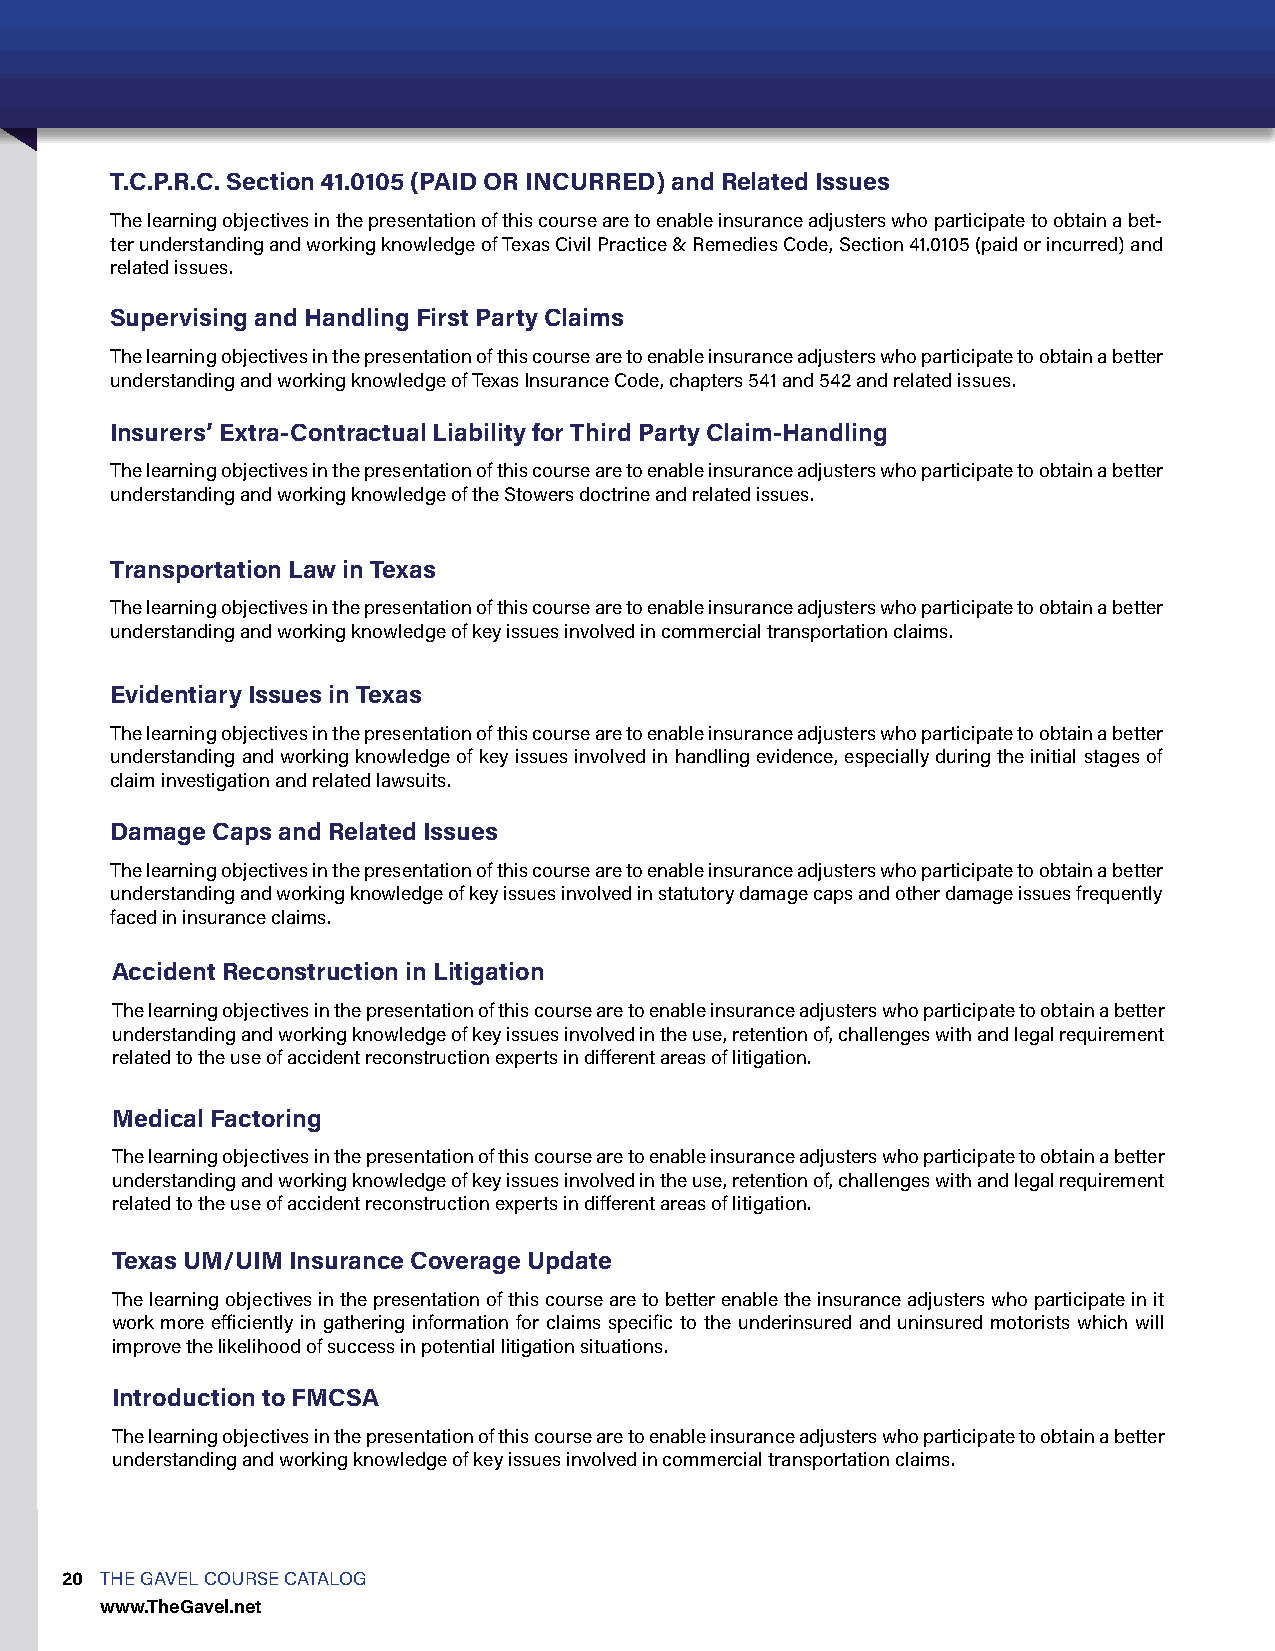
T.C.P.R.C. Section 41.0105 (PAID OR INCURRED) and Related Issues
 The learning objectives in the presentation of this course are to enable insurance adjusters who participate to obtain a bet-
 ter understanding and working knowledge of Texas Civil Practice & Remedies Code, Section 41.0105 (paid or incurred) and
 related issues.
 Supervising and Handling First Party Claims
 The learning objectives in the presentation of this course are to enable insurance adjusters who participate to obtain a better
 understanding and working knowledge of Texas Insurance Code, chapters 541 and 542 and related issues.
 Insurers’ Extra-Contractual Liability for Third Party Claim-Handling
 The learning objectives in the presentation of this course are to enable insurance adjusters who participate to obtain a better
 understanding and working knowledge of the Stowers doctrine and related issues.
 Transportation Law in Texas
 The learning objectives in the presentation of this course are to enable insurance adjusters who participate to obtain a better
 understanding and working knowledge of key issues involved in commercial transportation claims.
 Evidentiary Issues in Texas
 The learning objectives in the presentation of this course are to enable insurance adjusters who participate to obtain a better
 understanding and working knowledge of key issues involved in handling evidence, especially during the initial stages of
 claim investigation and related lawsuits.
 Damage Caps and Related Issues
 The learning objectives in the presentation of this course are to enable insurance adjusters who participate to obtain a better
 understanding and working knowledge of key issues involved in statutory damage caps and other damage issues frequently
 faced in insurance claims.
 Accident Reconstruction in Litigation
 The learning objectives in the presentation of this course are to enable insurance adjusters who participate to obtain a better
 understanding and working knowledge of key issues involved in the use, retention of, challenges with and legal requirement
 related to the use of accident reconstruction experts in different areas of litigation.
 Medical Factoring
 The learning objectives in the presentation of this course are to enable insurance adjusters who participate to obtain a better
 understanding and working knowledge of key issues involved in the use, retention of, challenges with and legal requirement
 related to the use of accident reconstruction experts in different areas of litigation.
 Texas UM/UIM Insurance Coverage Update
 The learning objectives in the presentation of this course are to better enable the insurance adjusters who participate in it
 work more efficiently in gathering information for claims specific to the underinsured and uninsured motorists which will
 improve the likelihood of success in potential litigation situations.
 Introduction to FMCSA
 The learning objectives in the presentation of this course are to enable insurance adjusters who participate to obtain a better
 understanding and working knowledge of key issues involved in commercial transportation claims.
 20 THE GAVEL COURSE CATALOG
 www.TheGavel.net